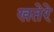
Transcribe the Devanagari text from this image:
खतेरे